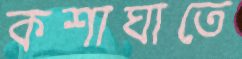
কশাঘাতে